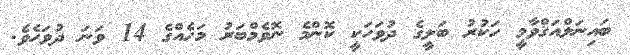
ބައިނަލްއަޤްވާމީ ހަކުރު ބަލީގެ ދުވަހަކީ ކޮންމެ ނޮވެމްބަރު މަހެއްގެ 14 ވަނަ ދުވަހެވެ.